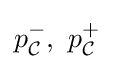
p_{\mathcal {C}}^{-},\,\,p_{\mathcal {C}}^{+}